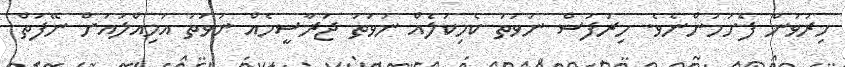
ހިރުވަން ފެށުމުންނެވެ. ހިރަފުސް ނުވަތަ ކެމިކަލެއް ނުވަތަ ޖަރާސީމެއް ނުވަތަ އަމިއްލައަށް ނޭފަތް